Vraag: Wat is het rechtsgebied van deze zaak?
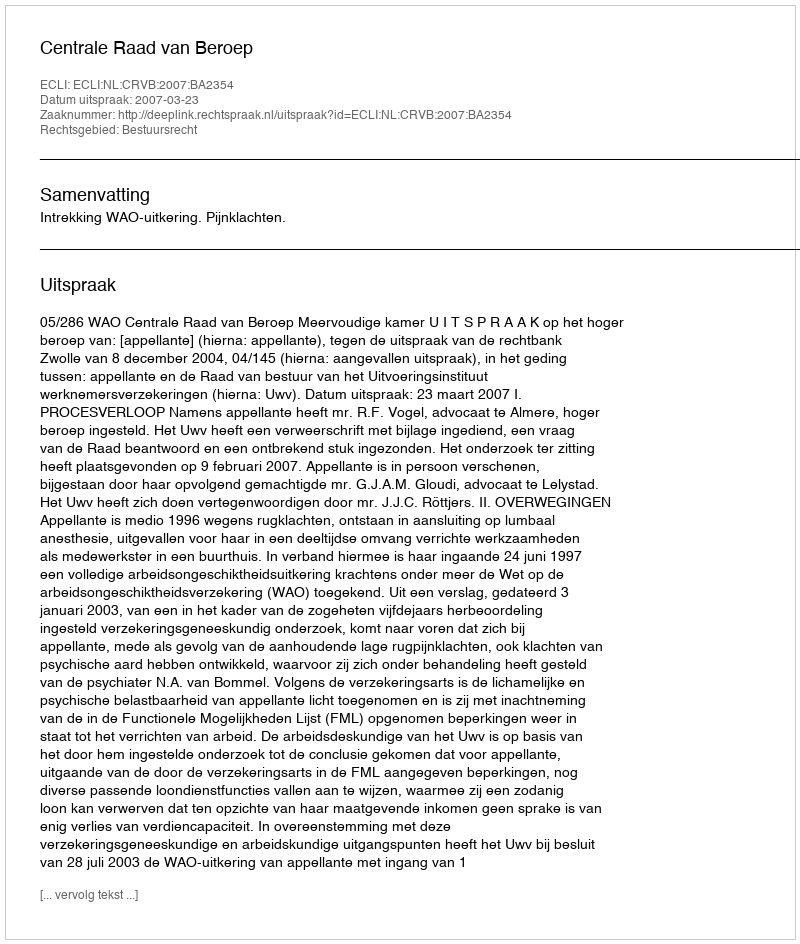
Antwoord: Bestuursrecht